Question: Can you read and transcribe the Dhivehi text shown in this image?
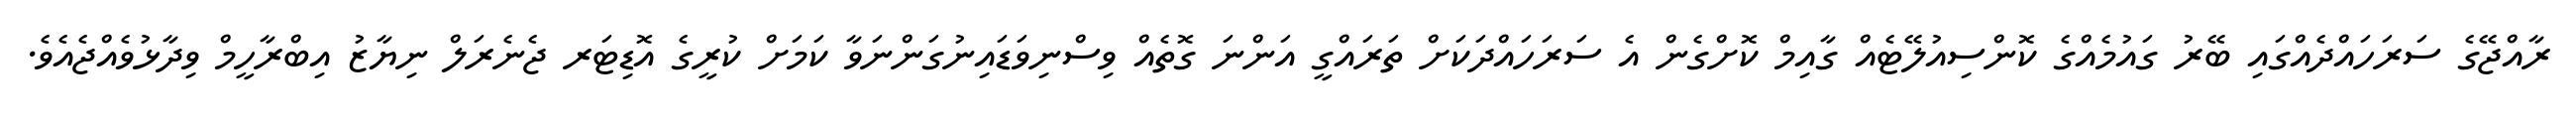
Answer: ރާއްޖޭގެ ސަރަހައްދެއްގައި ބޭރު ގައުމެއްގެ ކޮންސިއުލޭޓެއް ގާއިމް ކޮށްގެން އެ ސަރަހައްދަކަށް ތަރައްގީ އަންނަ ގޮތެއް ވިސްނިވަޑައިނުގަންނަވާ ކަމަށް ކުރީގެ އޮޑިޓަރ ޖެނެރަލް ނިޔާޒު އިބްރާހީމް ވިދާޅުވެއްޖެއެވެ.